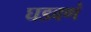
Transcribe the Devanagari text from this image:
घडवणं